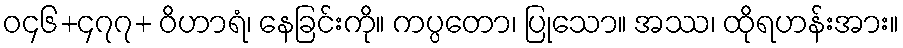
ဝ၄၆+၄၇၇+ ဝိဟာရံ၊ နေခြင်းကို။ ကပ္ပတော၊ ပြုသော။ အဿ၊ ထိုရဟန်းအား။